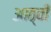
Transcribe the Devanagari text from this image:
आठ्वीं